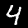
Label: 4